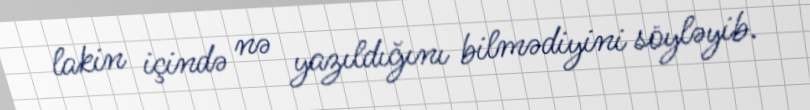
lakin içində nə yazıldığını bilmədiyini söyləyib.